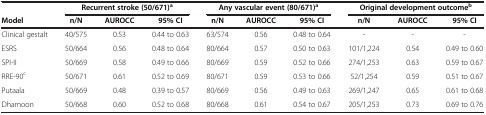
|  | <COLSPAN=3> Recurrent stroke (50/671)a | <COLSPAN=3> Any vascular event (80/671)a | <COLSPAN=3> Original development outcomeb |
 | Model | n/N | AUROCC | 95% CI | n/N | AUROCC | 95% CI | n/N | AUROCC | 95% CI |
 | --- | --- | --- | --- | --- | --- | --- | --- | --- | --- |
 | Clinical gestalt | 40/575 | 0.53 | 0.44 to 0.63 | 63/574 | 0.56 | 0.48 to 0.64 | - | - | - |
 | ESRS | 50/664 | 0.56 | 0.48 to 0.64 | 80/664 | 0.57 | 0.50 to 0.63 | 101/1,224 | 0.54 | 0.49 to 0.60 |
 | SPI-II | 50/669 | 0.58 | 0.49 to 0.66 | 80/669 | 0.59 | 0.52 to 0.66 | 274/1,253 | 0.63 | 0.59 to 0.67 |
 | RRE-90c | 50/671 | 0.61 | 0.52 to 0.69 | 80/671 | 0.59 | 0.53 to 0.66 | 52/1,254 | 0.59 | 0.51 to 0.67 |
 | Putaala | 50/669 | 0.48 | 0.39 to 0.57 | 80/669 | 0.56 | 0.49 to 0.63 | 269/1,247 | 0.65 | 0.61 to 0.68 |
 | Dhamoon | 50/668 | 0.60 | 0.52 to 0.68 | 80/668 | 0.61 | 0.54 to 0.67 | 205/1,253 | 0.73 | 0.69 to 0.76 |